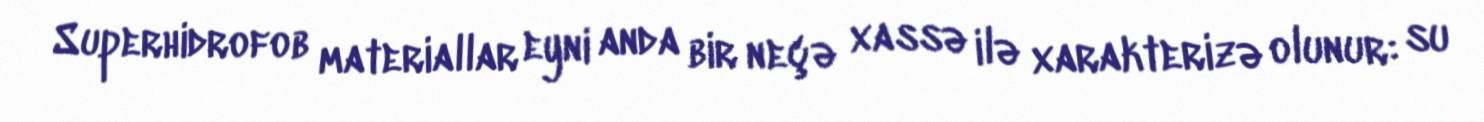
Superhidrofob materiallar eyni anda bir neçə xassə ilə xarakterizə olunur: su